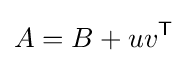
A=B+uv^{\mathsf {T}}